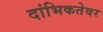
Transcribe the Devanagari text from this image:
दांभिकतेवर